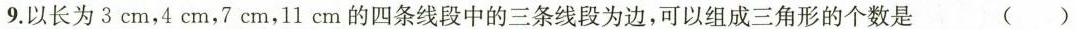
9.以长为3cm，4cm，7cm，11cm的四条线段中的三条线段为边，可以组成三角形的个数是 ()